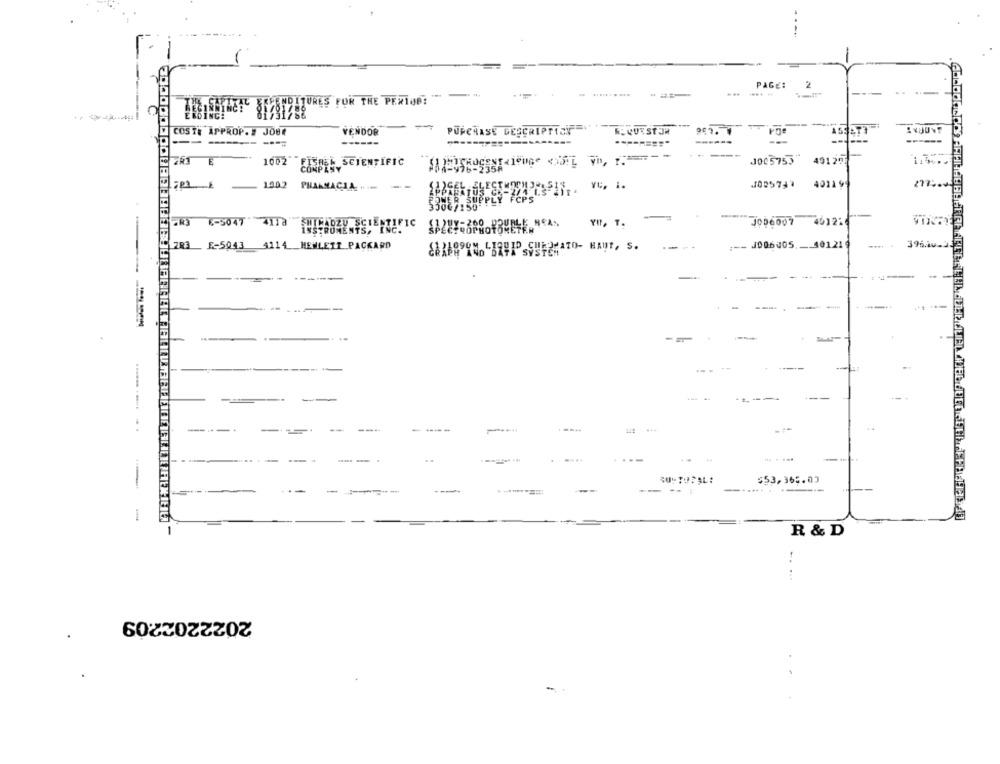
.-..
PAGE:
2
---
..
:-
--
TAL
EXPENDITURES FOR THE PERIOD!
INCE
COSTE APPROP.# JOUR
-
PURCHASE DESCRIPTION
K. QUIST JM
VENDOR
-
---===
------
------
----
E
J005753
49120
1002" FISHER SCIENTIFIC
COMPANY
4021 9
2775.
1902 PHARMACIA ....
POWER SUPPLY FCPS
-
JOD6007 45121
CR3 6-9047 4112
HILALZU SCIENTIFIC
INSTRUMENTS, INC.
YIL, T.
283 E-5043 4114 HEWLETT PACKARD
+ -- J006005. __ 401.21
CARASOON LIQUID CHEJMATO- HAUT, S.
SYSTEM
----
-
---
--
---
....
-- .
$53,365.03
-
-
---
---
--
--......
R & D
2022202209